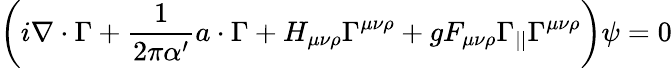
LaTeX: \left(i\nabla\cdot\Gamma+\frac{1}{2\pi\alpha^{\prime}}a\cdot\Gamma+H_{\mu\nu\rho}\Gamma^{\mu\nu\rho}+gF_{\mu\nu\rho}\Gamma_{||}\Gamma^{\mu\nu\rho}\right)\psi=0